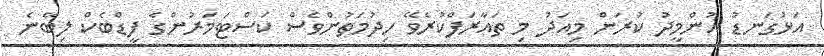
އަޅުގަނޑު އުންމީދު ކުރަން މިއަދު މި ތައާރަފްކުރެވޭ ހިދުމަތުންވެސް ކަސްޓަމަރުންގެ ފީޑްބެކް ލިބޭނެ